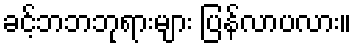
ခင့်ဘဘဘုရားများ ပြန်လာပလား။